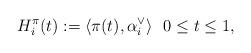
LaTeX: \begin{align*}H^\pi_i(t):=\langle\pi(t),\alpha_i^{\vee}\rangle \ \ 0 \leq t \leq1,\end{align*}